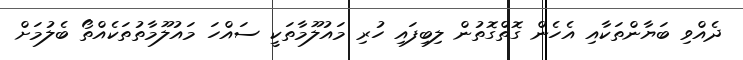
ދެއްވި ބަޔާންތަކާއި އެހެން ގޮތްގޮތުން ލިބިފައި ހުރި މައުލޫމާތަކީ ސައްހަ މައުލޫމާތުތަކެއްތޯ ބެލުމަށް